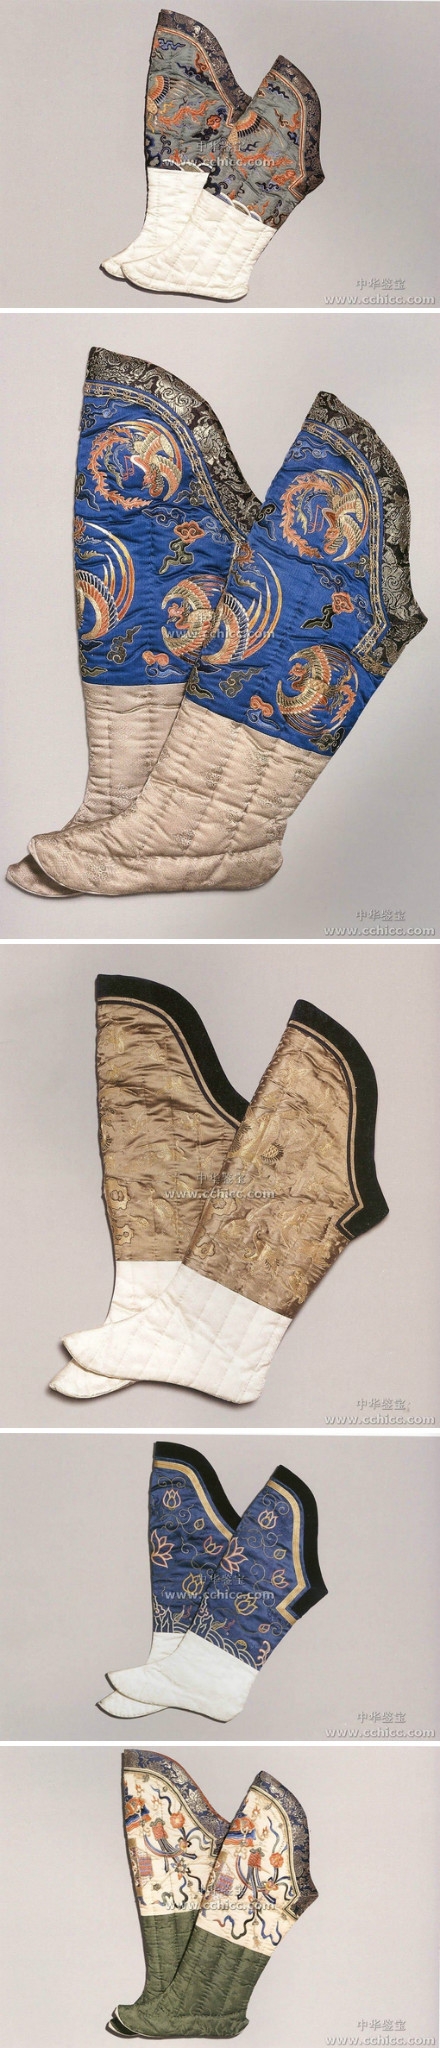
牛靿咤咤，田确确，旱块敲牛蹄趵趵。